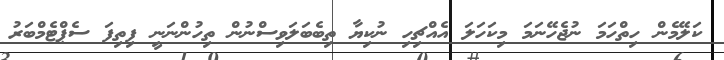
ކަލޭމެން ހިތްހަމަ ނުޖެހޭނަމަ މިކަހަލަ އެއްޗިހި ނުކިޔާ ތިބެބަލަވިސްނުން ތިހުންނަނީ ފިތިފަ ސެޕްޓެމްބަރު